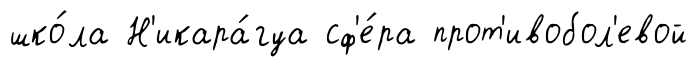
шко́ла Н'икара́гуа сф'е́ра прот'ивобол'евой